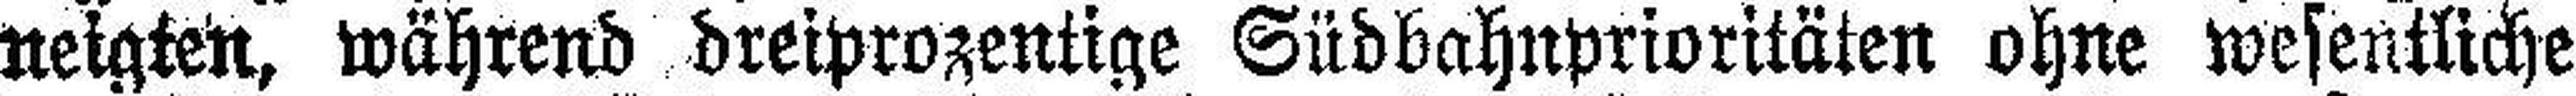
neigten, während dreiprozentige Südbahnprioritäten ohne wesentliche